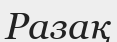
Разақ